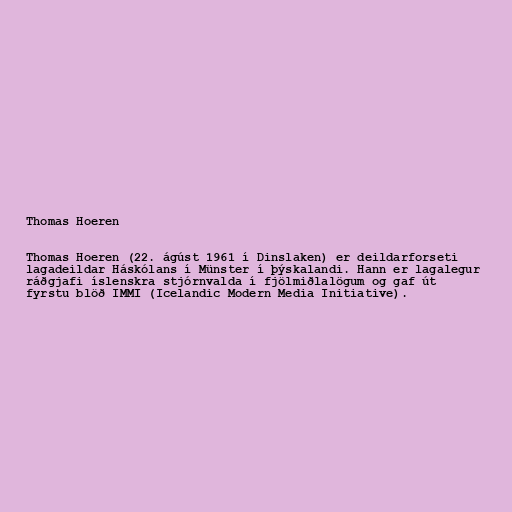
Thomas Hoeren

Thomas Hoeren (22. ágúst 1961 í Dinslaken) er deildarforseti
lagadeildar Háskólans í Münster í þýskalandi. Hann er lagalegur
ráðgjafi íslenskra stjórnvalda í fjölmiðlalögum og gaf út
fyrstu blöð IMMI (Icelandic Modern Media Initiative).